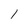
Character: 1